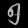
Digit: ၅